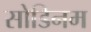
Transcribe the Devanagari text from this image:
सोडिनम